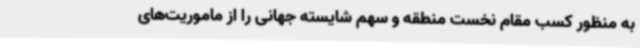
به منظور کسب مقام نخست منطقه و سهم شایسته جهانی را از ماموریت‌های